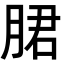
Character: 𬂁